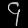
Digit: ၄